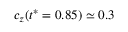
c _ { z } ( t ^ { * } = 0 . 8 5 ) \simeq 0 . 3